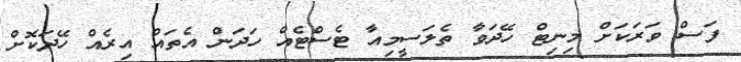
ފަސް ވަރަކަށް މިނިޓް ހޭދަވާ ތެލަސީމިއާ ޓެސްޓެއް ހަދަން އެތައް އިރެއް ހޭދަކޮށް